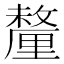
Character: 釐